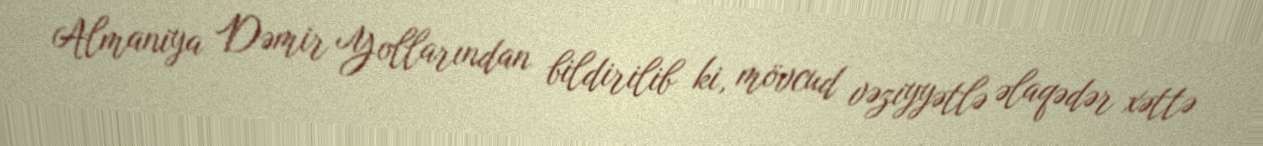
Almaniya Dəmir Yollarından bildirilib ki, mövcud vəziyyətlə əlaqədər xəttə